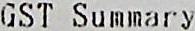
GST SUMMARY